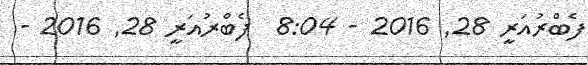
ފެބްރުއަރީ 28